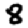
Digit: 8